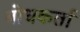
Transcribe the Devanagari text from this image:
बोधकर्ता